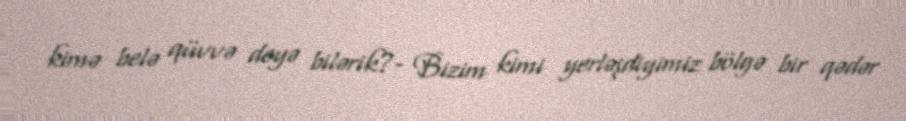
kimə belə qüvvə deyə bilərik?- Bizim kimi yerləşdiyimiz bölgə bir qədər